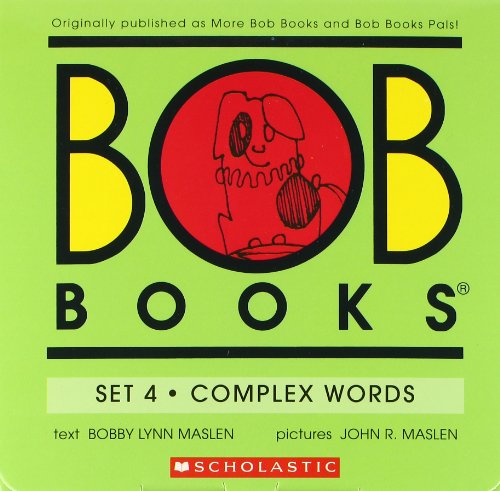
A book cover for Bob Books Set 4 - Complex Words; Bobby Lynn Maslen; Children's Books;